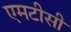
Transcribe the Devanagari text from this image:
एमटीसी